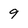
Character: 9